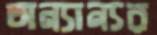
অন্যান্যর